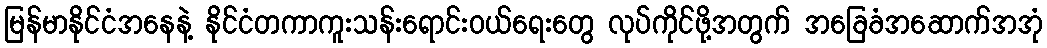
မြန်မာနိုင်ငံအနေနဲ့ နိုင်ငံတကာကူးသန်းရောင်းဝယ်ရေးတွေ လုပ်ကိုင်ဖို့အတွက် အခြေခံအဆောက်အအုံ